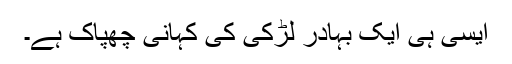
ایسی ہی ایک بہادر لڑکی کی کہانی چھپاک ہے۔